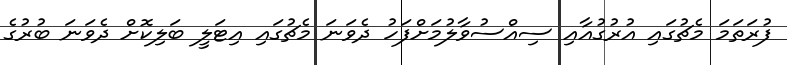
ފުރަތަމަ މެޗުގައި އުރުގުއާއި ސިއްސުވާލުމަށްފަހު ދެވަނަ މެޗުގައި އިޓަލީ ބަލިކޮށް ދެވަނަ ބުރުގެ